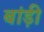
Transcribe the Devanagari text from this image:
बांड़ी